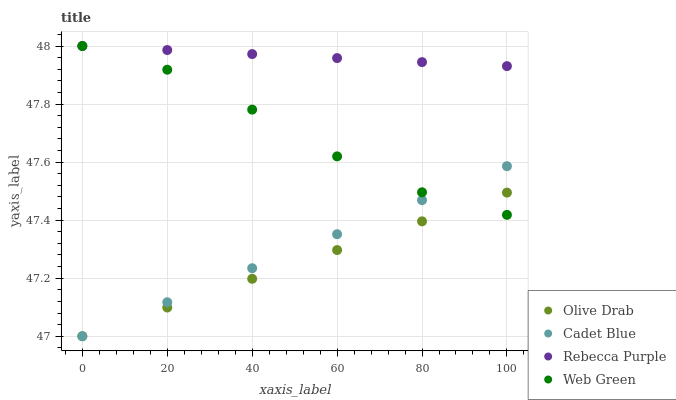
| xaxis_label | Olive Drab | Cadet Blue | Rebecca Purple | Web Green |
 | --- | --- | --- | --- | --- |
 | 0 | 47 | 47 | 48 | 48 |
 | 20 | 47.1 | 47.1 | 48 | 47.9 |
 | 40 | 47.2 | 47.2 | 48 | 47.8 |
 | 60 | 47.3 | 47.4 | 48 | 47.6 |
 | 80 | 47.4 | 47.5 | 47.9 | 47.5 |
 | 100 | 47.5 | 47.6 | 47.9 | 47.4 |